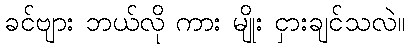
ခင်ဗျား ဘယ်လို ကား မျိုး ငှားချင်သလဲ။